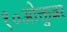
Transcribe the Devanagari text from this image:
१०ओक्तुबर